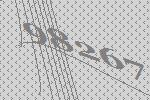
98267